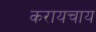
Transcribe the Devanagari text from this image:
करायचाय